EAOK_Sinod, lk 27
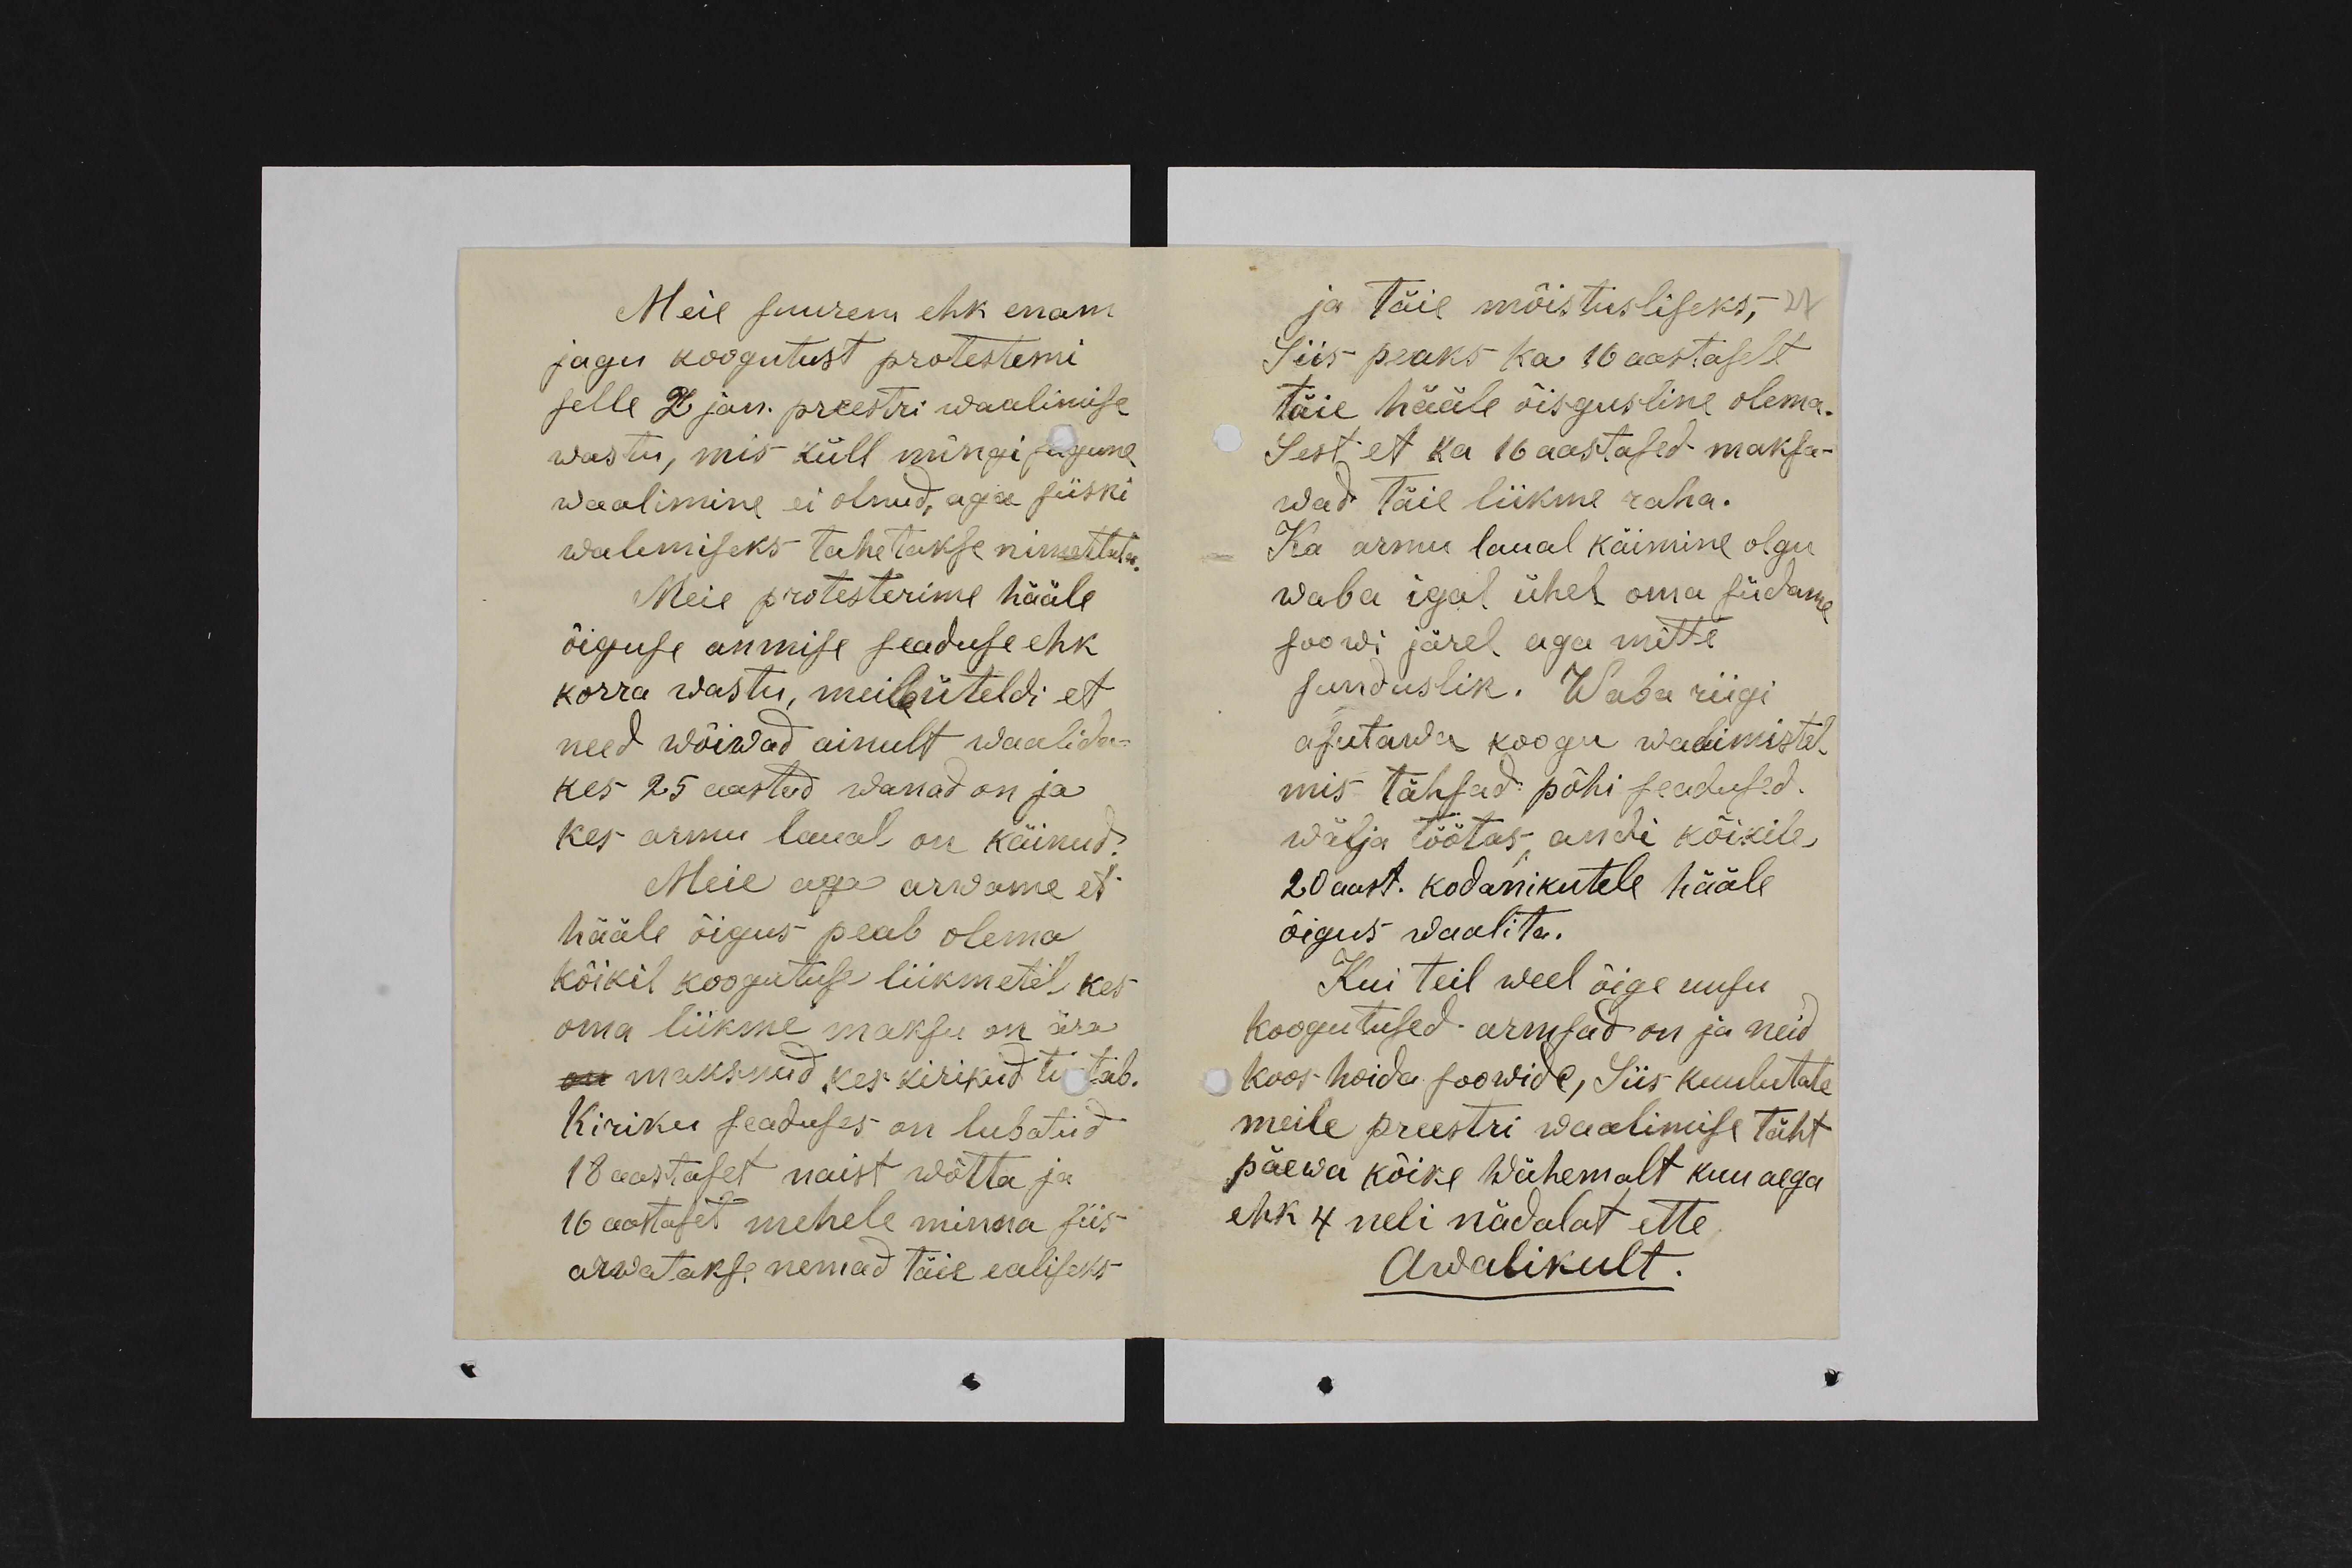
Meie suurem ehk enam
jagu koogutust protestemi
selle 2 jan. preestri waalimise
wastu, mis küll mingi sugune
waalimine ei olnud, aga siiski
walemiseks tahetakse nimetada.
Meie protesterime hääle
õiguse anmise seaduse ehk
korra wastu, meile üteldi et
need wõiwad ainult waalida-
kes 25 aastad wanad on ja
kes armu laual on käinud.
Meie aga arwame et
hääle õigus peab olema
kõikil koogutuse liikmetel kes
oma liikme maksu on ära
on maksnud kes kirikud tutab.
Kiriku seaduses on lubatud
18 aastaset naist wõtta ja
16 aastaset mehele minna siis
arwatakse nemad täie ealiseks

ja täie mõistusliseks,
Siis peaks ka 16 aastaselt
täie hääle õisgusline olema.
Sest et ka 16 aastased maksa-
wad täie liikme raha.
Ka armu laual käimine olgu
waba igal ühel oma südame
soowi järel aga mitte
sunduslik. Waba riigi
asutawa koogu walimistel
mis tähsad põhi seadused
wälja töötas, andi kõikile
20 aast. kodanikutele hääle
õigus waalita.
Kui teil weel õige uusu
koogutused armsad on ja neid
koos hoida soowide, siis kuulutate
meile preestri waalimise täht
päewa kõike Wähemalt kuu aega
ehk 4 neli nädalat ette
Awalikult.